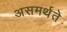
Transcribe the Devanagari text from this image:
असमर्थते